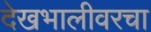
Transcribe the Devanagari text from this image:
देखभालीवरचा